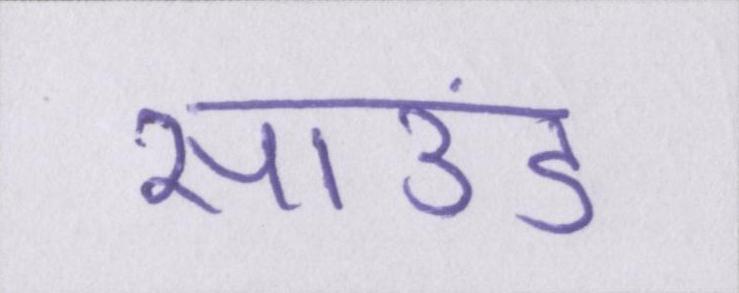
साउंड